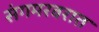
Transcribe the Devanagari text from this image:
संगमरवरात